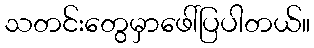
သတင်းတွေမှာဖေါ်ပြပါတယ်။